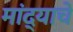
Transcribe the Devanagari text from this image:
मांद्याचे